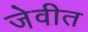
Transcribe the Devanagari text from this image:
जेवीत